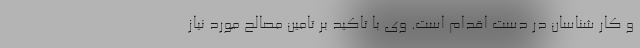
و کار شناسان در دست اقدام است. وی با تاکید بر تامین مصالح مورد نیاز